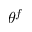
\theta ^ { f }